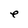
Character: e